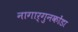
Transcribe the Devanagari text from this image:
नागार्गुनकोंडा